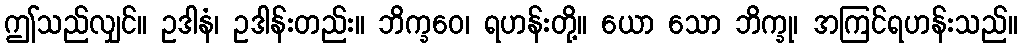
ဤသည်လျှင်။ ဥဒါနံ၊ ဥဒါန်းတည်း။ ဘိက္ခဝေ၊ ရဟန်းတို့။ ယော သော ဘိက္ခု၊ အကြင်ရဟန်းသည်။